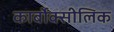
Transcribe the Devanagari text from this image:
कार्बोक्सीलिक